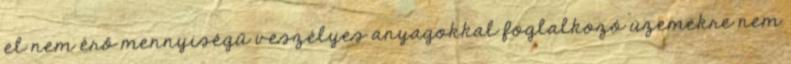
el nem érő mennyiségű veszélyes anyagokkal foglalkozó üzemekre nem